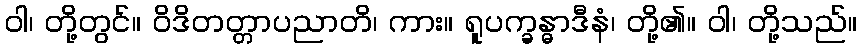
ဝါ၊ တို့တွင်။ ဝိဒိတတ္တာပညာတိ၊ ကား။ ရူပက္ခန္ဓာဒီနံ၊ တို့၏။ ဝါ၊ တို့သည်။